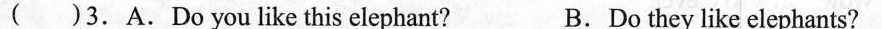
( )3.A.Do you like this elephant? B.Do they like elephants?